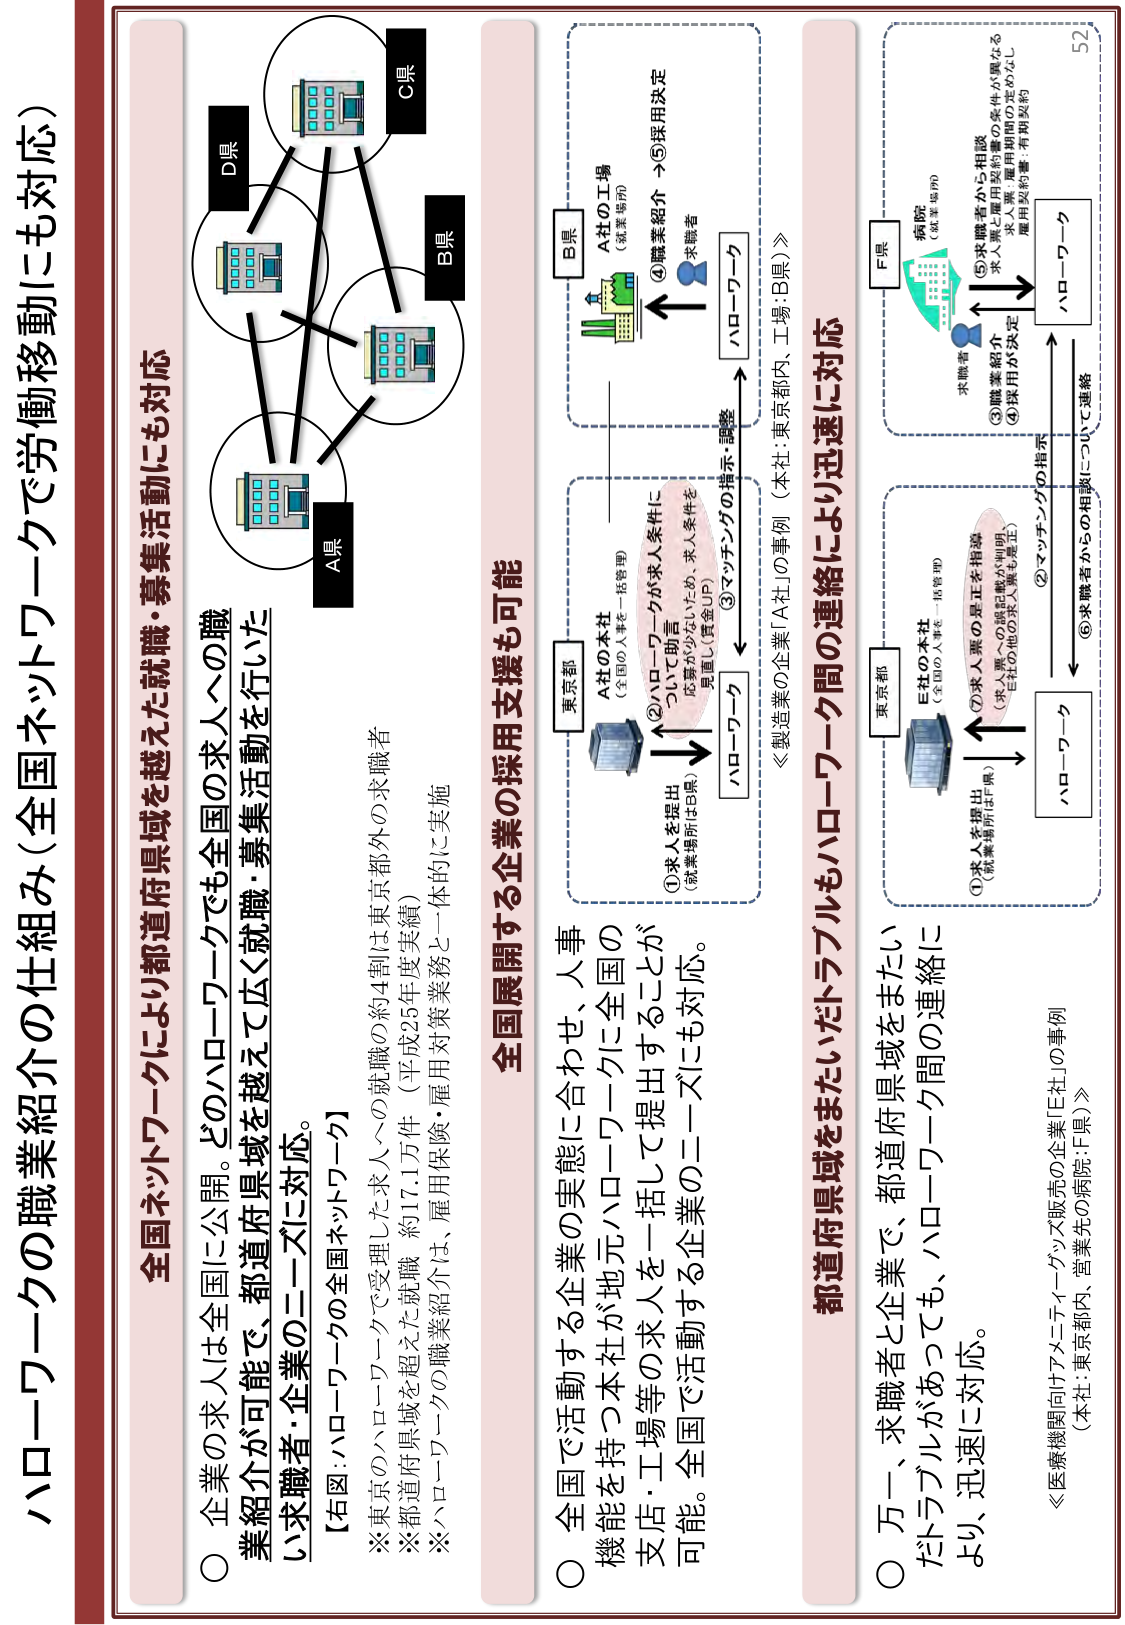
ハローワークの職業紹介の仕組み（全国ネットワークで労働移動にも対応）

全国ネットワークにより都道府県域を越えた就職・募集活動にも対応

○ 企業の求人は全国に公開。どのハローワークでも全国の求人への職業紹介が可能で、都道府県域を越えて広く就職・募集活動を行いたい求職者・企業のニーズに対応。

【右図：ハローワークの全国ネットワーク】

※東京のハローワークで受理した求人への就職の約4割は東京都外の求職者

※都道府県域を超えた就職 約17.1万件（平成25年度実績）

※ハローワークの職業紹介は、雇用保険・雇用対策業務と一体的に実施

A県
B県
C県
D県

全国展開する企業の採用支援も可能

○ 全国で活動する企業の実態に合わせ、人事機能を持つ本社が地元ハローワークに全国の支店・工場等の求人を一括して提出することが可能。全国で活動する企業のニーズにも対応。

①求人を提出（就業場所はB県）
②ハローワークが求人条件に
ついて助言（店舗がひらいたり、求人条件を
見直し（賃金UP））
③マッチングの指示・調整
④職業紹介 →⑤採用決定

ハローワーク
A社の本社（全国の人事を一括管理）
東京都
A社の工場（就業場所）
B県

《製造業の企業「A社」の事例（本社：東京都内、工場：B県）》

都道府県域をまたいだトラブルもハローワーク間の連絡により迅速に対応

○ 万一、求職者と企業で、都道府県域をまたいだトラブルがあっても、ハローワーク間の連絡により、迅速に対応。

①求人を提出（就業場所はF県）
②マッチングの指示
③職業紹介
④採用が決定
⑤求職者から相談（求人票・雇用契約書の条件が異なる）
⑥求職者からの相談について連絡

ハローワーク
E社の本社（全国の人事を一括管理）
東京都
病院（就業場所）
F県

《医療機関向けアメニティグッズ販売の企業「E社」の事例（本社：東京都内、営業先の病院：F県）》

52